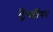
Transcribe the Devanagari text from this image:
ट्रिमब्रिंगर